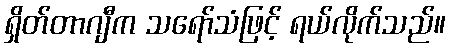
ရှိတ်တာဂျီက သရော်သံဖြင့် ရယ်လိုက်သည်။